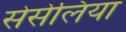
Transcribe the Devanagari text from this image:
सेसेलिया